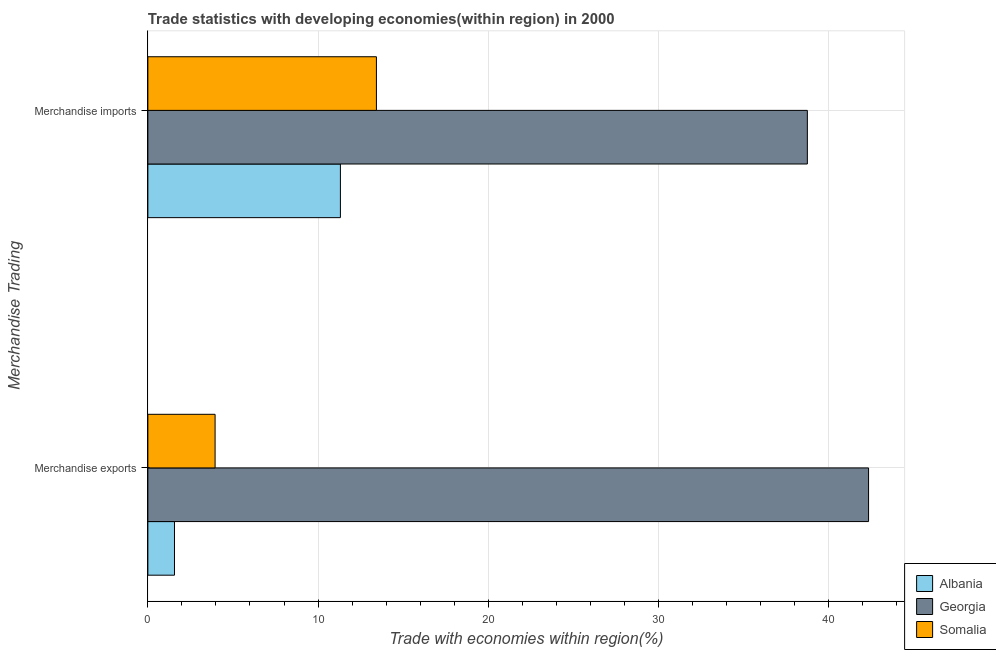
| Merchandise Trading | Albania | Georgia | Somalia |
 | --- | --- | --- | --- |
 | Merchandise exports | 1.56 | 42.3 | 3.95 |
 | Merchandise imports | 11.3 | 38.7 | 13.4 |